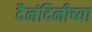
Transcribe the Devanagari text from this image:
दैनंदिनीच्या